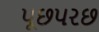
પૂછપરછ